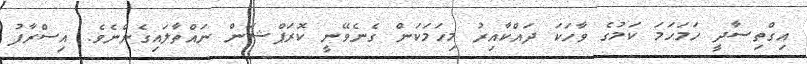
އިގްތިސާދީ ހަމަހަމަ ކަމުގެ ވާހަކަ ދައްކާއިރު މިހަމަކަން ގެނެވޭނީ ކޮރަޕްޝަން ނައްތާލައިގެންނެވެ. އިސްރާފު